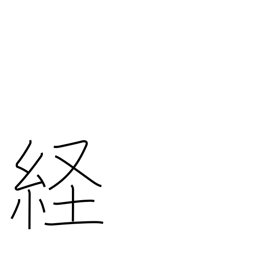
Meaning: longitude